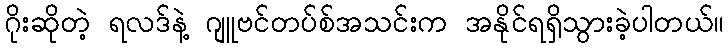
ဂိုးဆိုတဲ့ ရလဒ်နဲ့ ဂျူဗင်တပ်စ်အသင်းက အနိုင်ရရှိသွားခဲ့ပါတယ်။